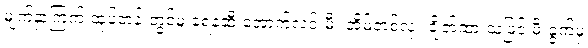
မျက်နှာကြက် ထုပ်တန်းတွင်မူ ရေနံဆီ အောက်လင်းမီး အိမ်တစ်လုံး ချိတ်ထားသဖြင့် မီးခွက်မှ